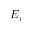
E _ { i }